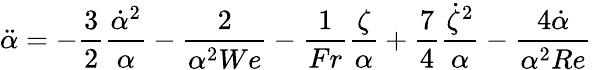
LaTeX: \ddot{\alpha}=-\frac{3}{2}\frac{\dot{\alpha}^{2}}{\alpha}-\frac{2}{\alpha^{2}We}-\frac{1}{Fr}\frac{\zeta}{\alpha}+\frac{7}{4}\frac{\dot{\zeta}^{2}}{\alpha}-\frac{4\dot{\alpha}}{\alpha^{2}Re}